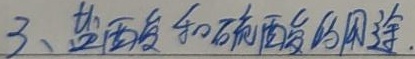
3、盐酸和硫酸的用途.